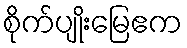
စိုက်ပျိုးမြေဧက